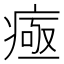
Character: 𤷉